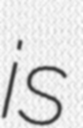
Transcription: is